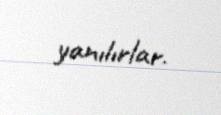
yanılırlar.